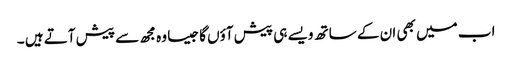
اب میں بھی ان کے ساتھ ویسے ہی پیش آؤں گا جیسا وہ مجھ سے پیش آتے ہیں ۔